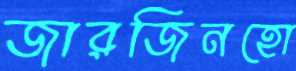
জারজিনহো